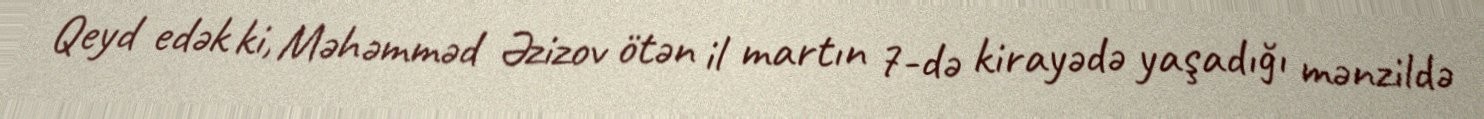
Qeyd edək ki, Məhəmməd Əzizov ötən il martın 7-də kirayədə yaşadığı mənzildə